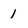
Character: 1